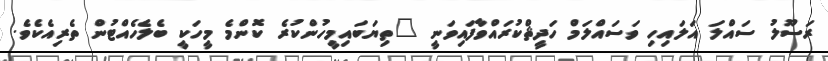
ރަސޫލު ސައްލަ އަަލައިހި ވަސައްލަމް ހަދީޘްކުރައްވާފައިވަނީ "ތިޔަބައިމީހުންކުރެ ކޮންމެ މީހަކީ ބެލެހެއްޓުން ތެރިއެކެވެ.